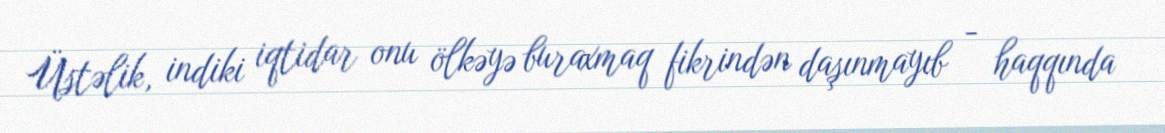
Üstəlik, indiki iqtidar onu ölkəyə buraxmaq fikrindən daşınmayıb - haqqında